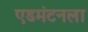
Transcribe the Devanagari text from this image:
एडमंटनला